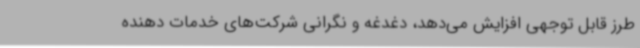
طرز قابل توجهی افزایش می‌دهد، دغدغه و نگرانی شرکت‌های خدمات دهنده